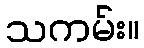
သကမ်း။